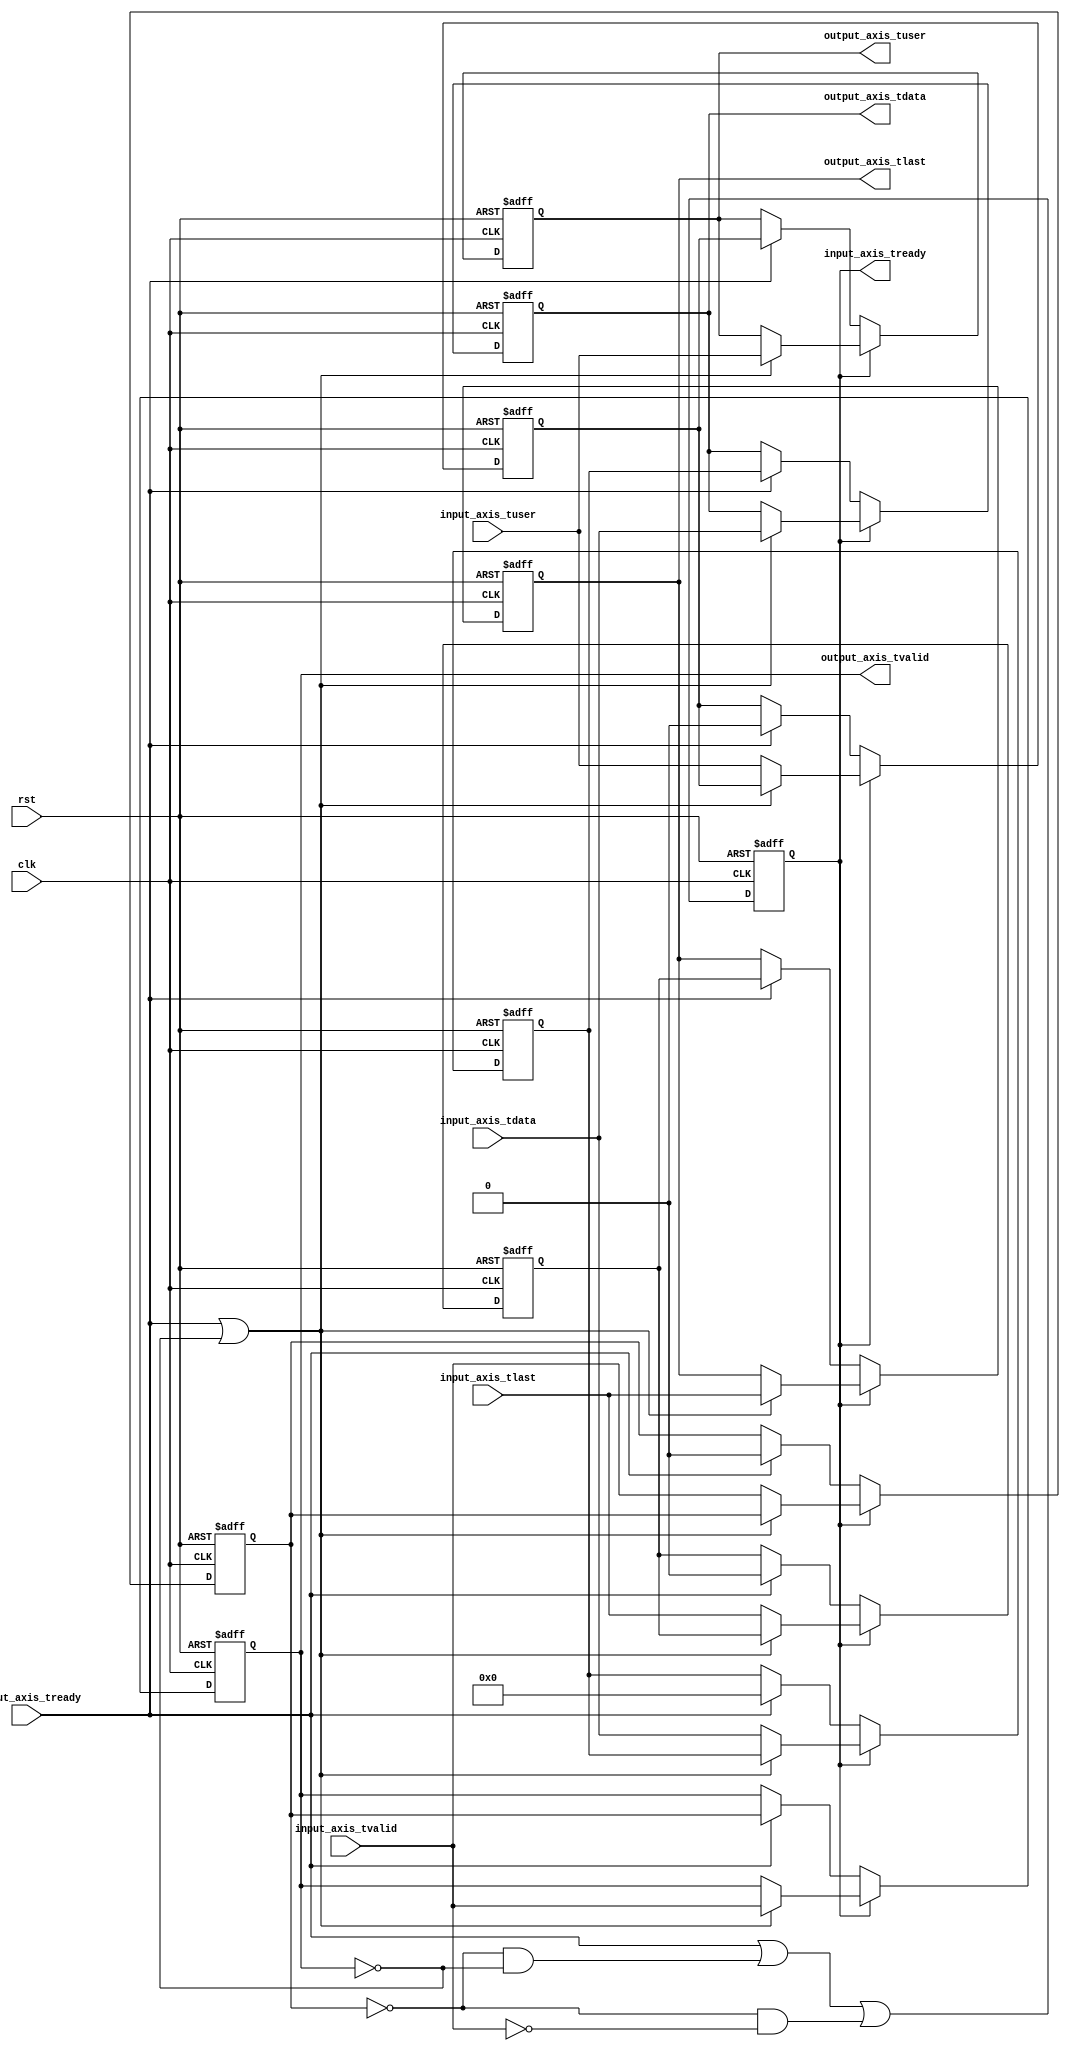
module axis_register #
(
    parameter DATA_WIDTH = 8
)
(
    input  wire                   clk,
    input  wire                   rst,

    /*
     * AXI input
     */
    input  wire [DATA_WIDTH-1:0]  input_axis_tdata,
    input  wire                   input_axis_tvalid,
    output wire                   input_axis_tready,
    input  wire                   input_axis_tlast,
    input  wire                   input_axis_tuser,

    /*
     * AXI output
     */
    output wire [DATA_WIDTH-1:0]  output_axis_tdata,
    output wire                   output_axis_tvalid,
    input  wire                   output_axis_tready,
    output wire                   output_axis_tlast,
    output wire                   output_axis_tuser
);

// datapath registers
reg                  input_axis_tready_reg = 0;

reg [DATA_WIDTH-1:0] output_axis_tdata_reg = 0;
reg                  output_axis_tvalid_reg = 0;
reg                  output_axis_tlast_reg = 0;
reg                  output_axis_tuser_reg = 0;

reg [DATA_WIDTH-1:0] temp_axis_tdata_reg = 0;
reg                  temp_axis_tvalid_reg = 0;
reg                  temp_axis_tlast_reg = 0;
reg                  temp_axis_tuser_reg = 0;

assign input_axis_tready = input_axis_tready_reg;

assign output_axis_tdata = output_axis_tdata_reg;
assign output_axis_tvalid = output_axis_tvalid_reg;
assign output_axis_tlast = output_axis_tlast_reg;
assign output_axis_tuser = output_axis_tuser_reg;

always @(posedge clk or posedge rst) begin
    if (rst) begin
        input_axis_tready_reg <= 0;
        output_axis_tdata_reg <= 0;
        output_axis_tvalid_reg <= 0;
        output_axis_tlast_reg <= 0;
        output_axis_tuser_reg <= 0;
        temp_axis_tdata_reg <= 0;
        temp_axis_tvalid_reg <= 0;
        temp_axis_tlast_reg <= 0;
        temp_axis_tuser_reg <= 0;
    end else begin
        // transfer sink ready state to source
        // enable ready input next cycle if output is ready or if there is space in both output registers or if there is space in the temp register that will not be filled next cycle
        input_axis_tready_reg <= output_axis_tready | (~temp_axis_tvalid_reg & ~output_axis_tvalid_reg) | (~temp_axis_tvalid_reg & ~input_axis_tvalid);

        if (input_axis_tready_reg) begin
            // input is ready
            if (output_axis_tready | ~output_axis_tvalid_reg) begin
                // output is ready or currently not valid, transfer data to output
                output_axis_tdata_reg <= input_axis_tdata;
                output_axis_tvalid_reg <= input_axis_tvalid;
                output_axis_tlast_reg <= input_axis_tlast;
                output_axis_tuser_reg <= input_axis_tuser;
            end else begin
                // output is not ready, store input in temp
                temp_axis_tdata_reg <= input_axis_tdata;
                temp_axis_tvalid_reg <= input_axis_tvalid;
                temp_axis_tlast_reg <= input_axis_tlast;
                temp_axis_tuser_reg <= input_axis_tuser;
            end
        end else if (output_axis_tready) begin
            // input is not ready, but output is ready
            output_axis_tdata_reg <= temp_axis_tdata_reg;
            output_axis_tvalid_reg <= temp_axis_tvalid_reg;
            output_axis_tlast_reg <= temp_axis_tlast_reg;
            output_axis_tuser_reg <= temp_axis_tuser_reg;
            temp_axis_tdata_reg <= 0;
            temp_axis_tvalid_reg <= 0;
            temp_axis_tlast_reg <= 0;
            temp_axis_tuser_reg <= 0;
        end
    end
end

endmodule